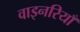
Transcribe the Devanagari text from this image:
वाइनरियाँ